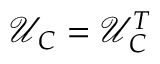
\mathcal { U } _ { C } = \mathcal { U } _ { C } ^ { T }